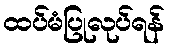
ထပ်မံပြုလုပ်ရန်